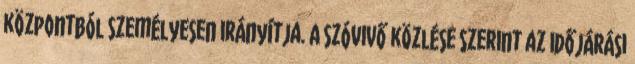
központból személyesen irányítja. A szóvivő közlése szerint az időjárási